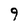
Character: 9